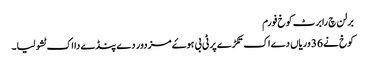
برلن چ رابرٹ کوخ فورم
کوخ نے 36 وریاں دے اک تکڑے پر ٹی بی ہوۓ مزدور دے پنڈے دا اک ٹشو لیا۔